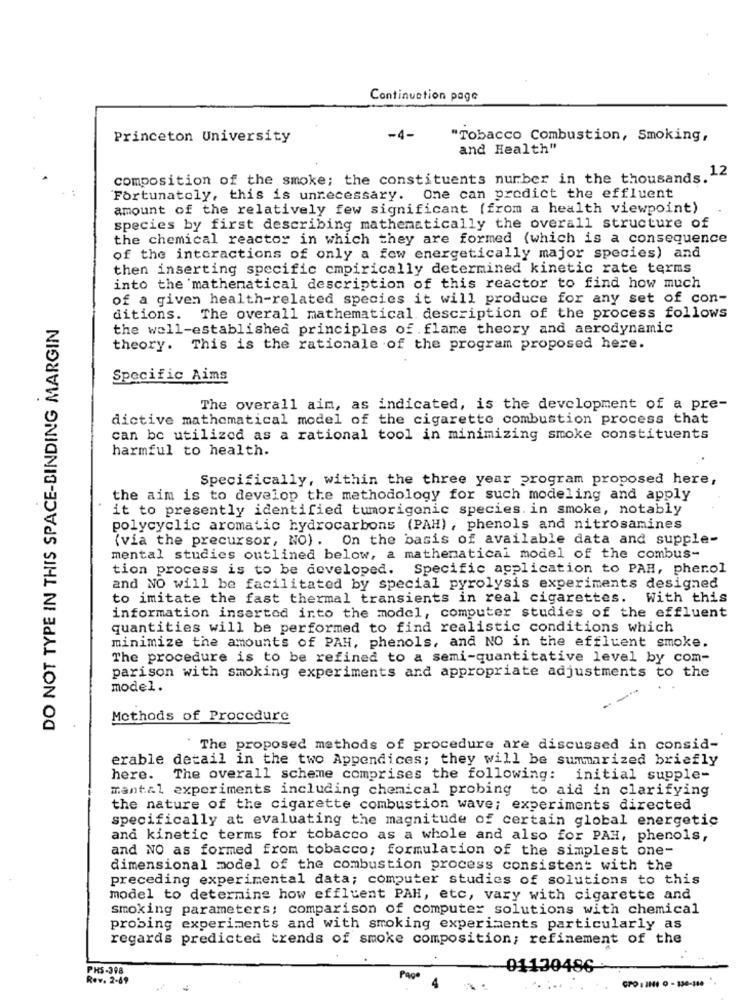
Continuation page
Princeton University
-4-
"Tobacco Combustion, Smoking,
and Health"
composition of the smoke; the constituents nurber in the thousands. 12
Fortunately, this is unnecessary. One can predict the effluent
amount of the relatively few significant (from a health viewpoint)
species by first describing mathematically the overall structure of
the chemical reactor in which they are formed (which is a consequence
of the interactions of only a few energetically major species) and
then inserting specific empirically determined kinetic rate terms
into the mathematical description of this reactor to find how much
of a given health-related species it will produce for any set of con-
DO NOT TYPE IN THIS SPACE-BINDING MARGIN
ditions. The overall mathematical description of the process follows
the well-established principles of flame theory and aerodynamic
theory. This is the rationale of the program proposed here.
Specific Aims
The overall aim, as indicated, is the development of a pre-
dictive mathematical model of the cigarette combustion process that
can be utilized as a rational tool in minimizing smoke constituents
harmful to health.
Specifically, within the three year program proposed here,
the aim is to develop the methodology for such modeling and apply
it to presently identified tumorigenic species. in smoke, notably
polycyclic aromatic hydrocarbons (PAH), phenols and nitrosamines
(via the precursor, NO). On the basis of available data and supple-
mental studies outlined below, a mathematical model of the combus-
tion process is to be developed. Specific application to PAH, pherol
and NO will be facilitated by special pyrolysis experiments designed
to imitate the fast thermal transients in real cigarettes.
With this
information inserted into the model, computer studies of the effluent
quantities will be performed to find realistic conditions which
minimize the amounts of PAH, phenols, and NO in the effluent smoke.
The procedure is to be refined to a semi-quantitative level by com-
parison with smoking experiments and appropriate adjustments to the
model.
Methods of Procedure
The proposed methods of procedure are discussed in consid-
erable detail in the two Appendices; they will be summarized briefly
here.
The overall scheme comprises the following: initial supple-
manta1 experiments including chemical probing to aid in clarifying
the nature of the cigarette combustion wave; experiments directed
specifically at evaluating the magnitude of certain global energetic
and kinetic terms for tobacco as a whole and also for PAH, phenols,
and NO as formed from tobacco; formulation of the simplest one-
dimensional model of the combustion process consistent with the
preceding experimental data; computer studies of solutions to this
model to determine how effluent PAH, etc, vary with cigarette and
smoking parameters; comparison of computer solutions with chemical
probing experiments and with smoking experiments particularly as
regards predicted trends of smoke composition; refinement of the
PHS-398
01130486-
Rev. 2-69